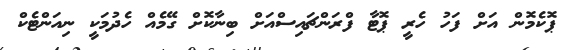
ޕޮކެމޮން އަށް ފަހު ހެރީ ޕޮޓާ ފްރަންޗައިސްއަށް ބިނާކޮށް ގޭމެއް ހެދުމަކީ ނިއަންޓެކް